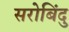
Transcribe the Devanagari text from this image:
सरोबिंदु